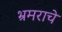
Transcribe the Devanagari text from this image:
भ्रमराचे